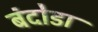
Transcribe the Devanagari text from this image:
बंदोडा